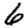
Digit: 6